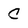
Character: C